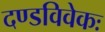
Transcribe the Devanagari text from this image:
दण्डविवेकः